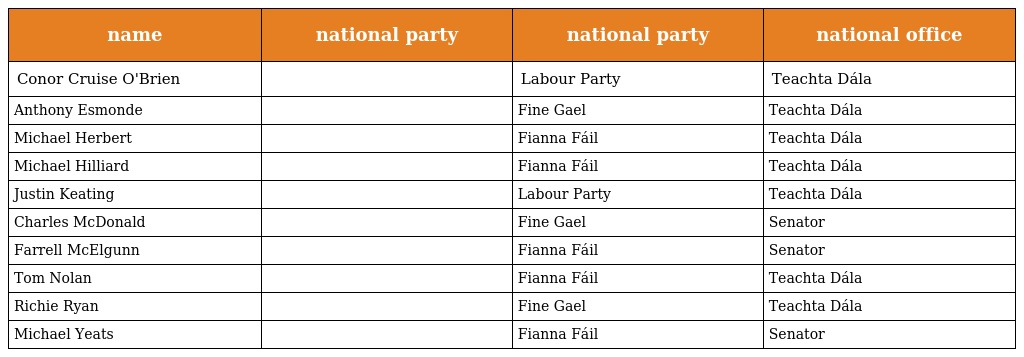
| name | national party | national party | national office |
 | --- | --- | --- | --- |
 | Conor Cruise O'Brien |  | Labour Party | Teachta Dála |
 | Anthony Esmonde |  | Fine Gael | Teachta Dála |
 | Michael Herbert |  | Fianna Fáil | Teachta Dála |
 | Michael Hilliard |  | Fianna Fáil | Teachta Dála |
 | Justin Keating |  | Labour Party | Teachta Dála |
 | Charles McDonald |  | Fine Gael | Senator |
 | Farrell McElgunn |  | Fianna Fáil | Senator |
 | Tom Nolan |  | Fianna Fáil | Teachta Dála |
 | Richie Ryan |  | Fine Gael | Teachta Dála |
 | Michael Yeats |  | Fianna Fáil | Senator |